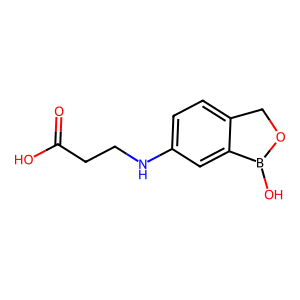
SMILES: O=C(O)CCNc1ccc2c(c1)B(O)OC2
Inhibits HIV replication: No